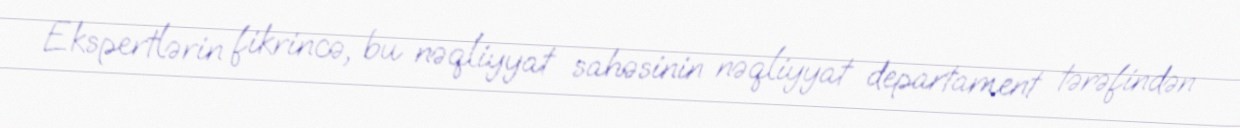
Ekspertlərin fikrincə, bu nəqliyyat sahəsinin nəqliyyat departament tərəfindən